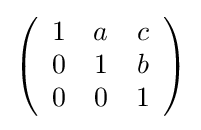
\left({\begin{array}{ccc}1&a&c\\0&1&b\\0&0&1\end{array}}\right)